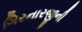
ગિરનારજીની